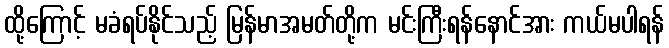
ထို့ကြောင့် မခံရပ်နိုင်သည့် မြန်မာအမတ်တို့က မင်းကြီးရန်နောင်အား ကယ်မပါရန်